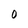
Character: 0